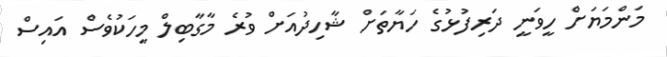
މަންމަޔަށް ހީވަނީ ދަރިފުޅުގެ ހަޔާތަށް ޝާހިދުއަށް ވުރެ މާގާބިލް މީހަކުވެސް އައިސް